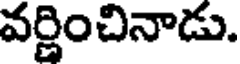
వర్ణించినాడు.